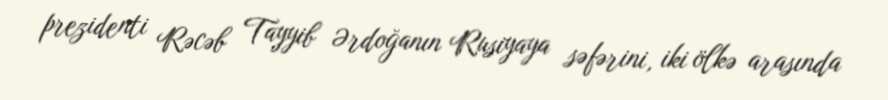
prezidenti Rəcəb Tayyib Ərdoğanın Rusiyaya səfərini, iki ölkə arasında